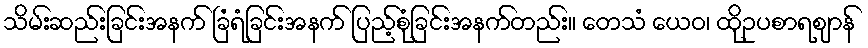
သိမ်းဆည်းခြင်းအနက် ခြံရံခြင်းအနက် ပြည့်စုံခြင်းအနက်တည်း။ တေသံ ယေဝ၊ ထိုဥပစာရဈာန်